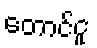
တောင်ငူ